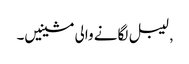
, لیبل لگانے والی مشینیں۔